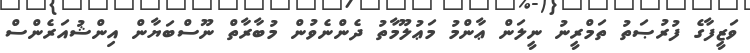
ވަޒީފާގެ ފުރުޞަތު ތަމްރީނު ނީލަން ޢާންމު މަޢުލޫމާތު ދެންނެވުން މުބާރާތް ނޫސްބަޔާން އިންޝުއަރެންސް